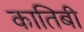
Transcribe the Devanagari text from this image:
कातिबी